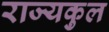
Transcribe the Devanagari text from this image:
राज्यकुल